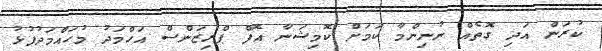
ކުރަން އަދި ގޮތެއް ނުނިންމާ ކަމަށް ކޮމިޝަނާ އޮފް ޕްރިޒަންސް އަހްމަދު މުހައްމަދުފުޅު